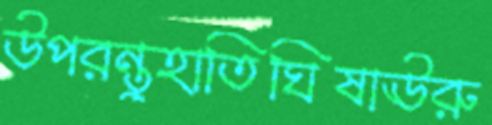
উপরন্তুহাতিঘিষাঊরু